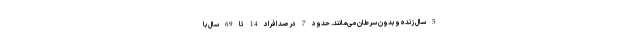
5 سال زنده و بدون سرطان می‌مانند. حدود 7 درصد افراد 14 تا 69 سال با